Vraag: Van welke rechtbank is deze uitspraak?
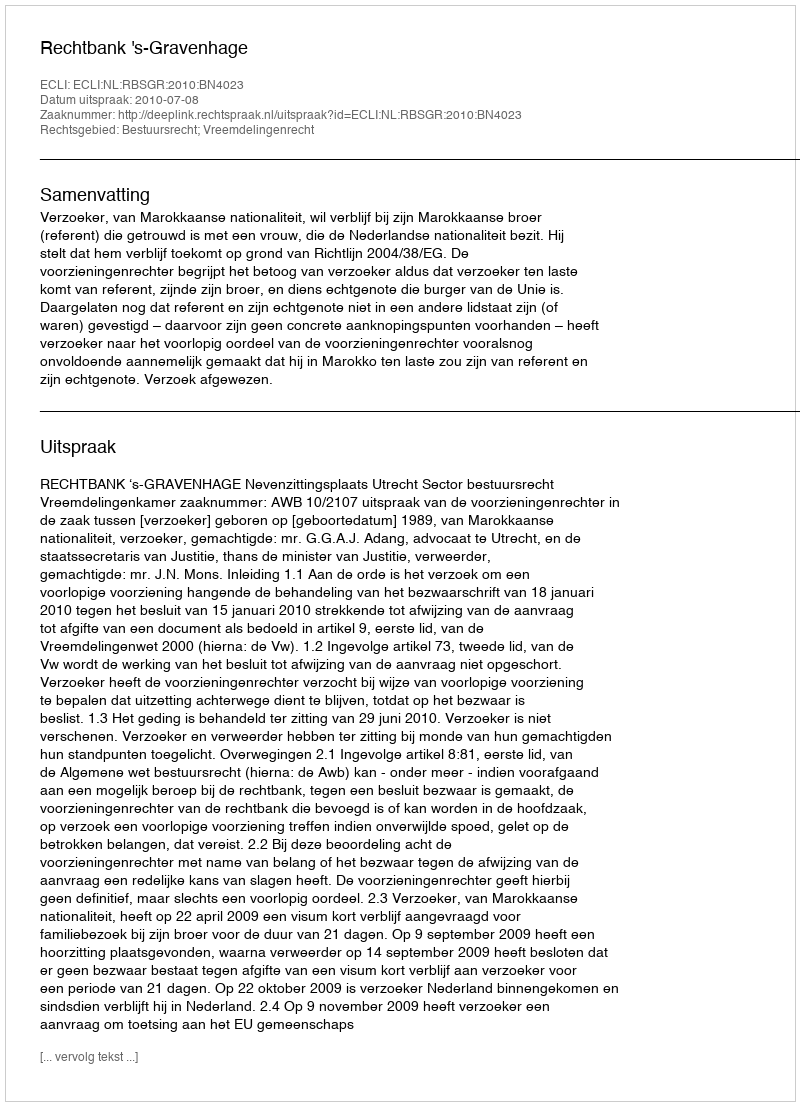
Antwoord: Rechtbank 's-Gravenhage